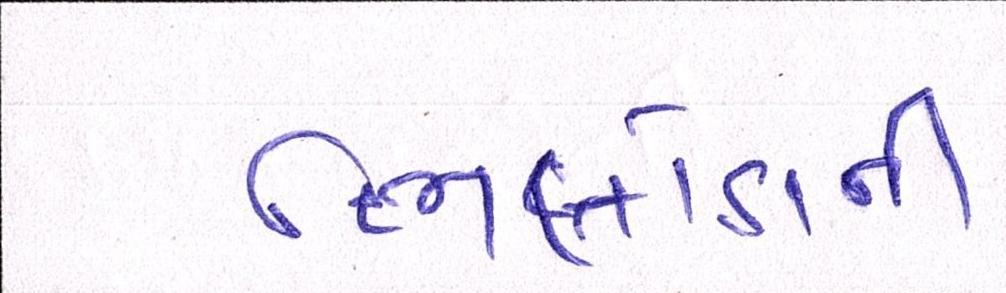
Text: ભિલોડાની